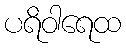
ပရိဝါရေထ